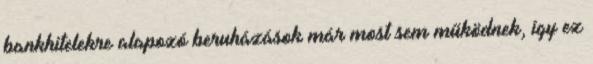
bankhitelekre alapozó beruházások már most sem működnek, így ez